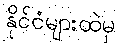
နိုင်ငံများထဲမှ